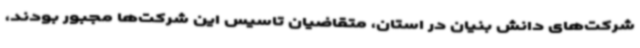
شرکت‌های دانش بنیان در استان، متقاضیان تاسیس این شرکت‌ها مجبور بودند،